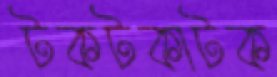
টকটকাটক